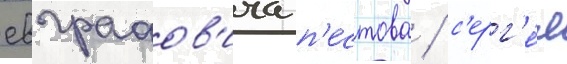
евграфов'ича п'естова / с'ерг'е́я